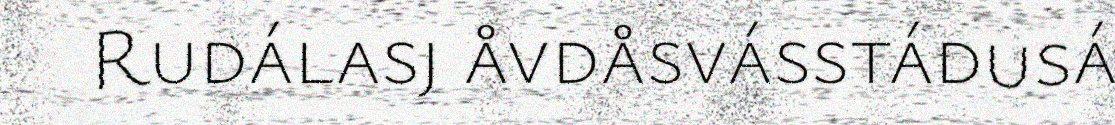
Rudálasj åvdåsvásstádusá